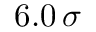
6 . 0 \, \sigma